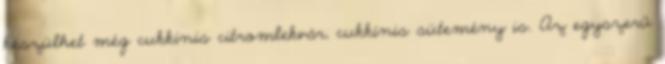
készülhet még cukkínis citromlekvár, cukkínis sütemény is. Az egyszerű